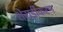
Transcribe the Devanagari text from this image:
शेरार्डीकरण